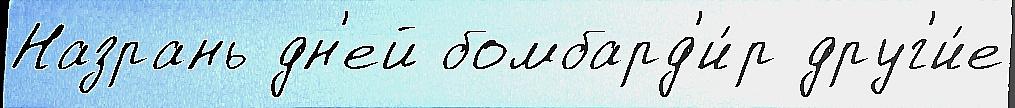
Назрань дн'ей бомбард'и́р друг'и́е